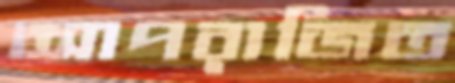
আপরাজিত